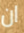
ان